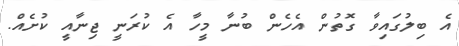
އެ ބިލުގައިވާ ގޮތުން އެހެން ބުނާ މީހާ އެ ކުރަނީ ޖިނާއީ ކުށެއް.